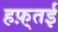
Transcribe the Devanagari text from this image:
हफ़्तई